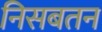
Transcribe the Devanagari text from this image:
निसबतन